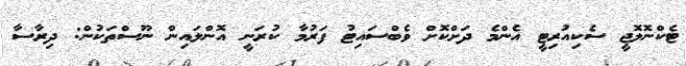
ޓެކްނޮލޮޖީ ސެކިއުރިޓީ އެންމެ ދަށްކޮށް ވެބްސައިޓު ފަރުމާ ކުރަނީ އޮންލައިން ނޫސްތަކުން: ދިރާސާ